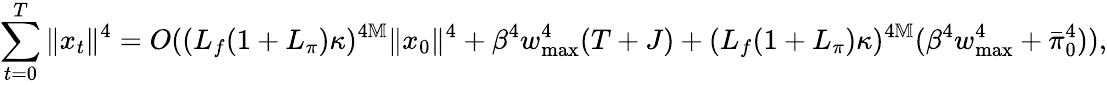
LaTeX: \sum_{t=0}^{T}\| x_{t}\| ^{4}=O((L_{f}(1+L_{\pi})\kappa)^{4\mathbb M}\| x_{0}\| ^{4}+\beta^{4}w_{\operatorname*{max}}^{4}(T+J)+(L_{f}(1+L_{\pi})\kappa)^{4\mathbb M}(\beta^{4}w_{\operatorname*{max}}^{4}+\bar{\pi}_{0}^{4})),